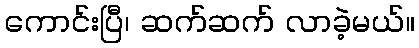
ကောင်းပြီ၊ ဆက်ဆက် လာခဲ့မယ်။